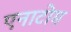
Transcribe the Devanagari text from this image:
एनाटोम